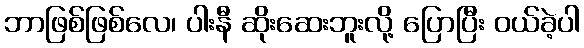
ဘာဖြစ်ဖြစ်လေ၊ ပါးနီ ဆိုးဆေးဘူးလို့ ပြောပြီး ဝယ်ခဲ့ပါ